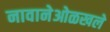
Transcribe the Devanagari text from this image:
नावानेओळखले